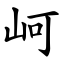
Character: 㞹